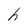
Character: h